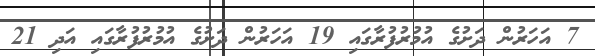
7 އަހަރުން ދަށުގެ އުމުރުފުރާގައި 19 އަހަރުން ދަށުގެ އުމުރުފުރާގައި އަދި 21